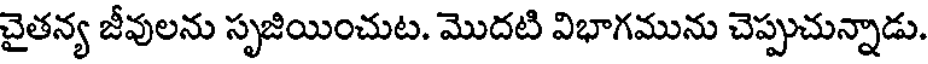
చైతన్య జీవులను సృజియించుట. మొదటి విభాగమును చెప్పుచున్నాడు.